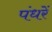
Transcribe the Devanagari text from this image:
पंधरें